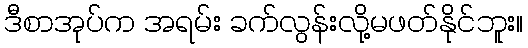
ဒီစာအုပ်က အရမ်း ခက်လွန်းလို့မဖတ်နိုင်ဘူး။